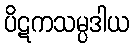
ပိဋကသမ္ပဒါယ